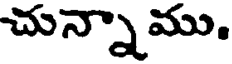
చున్నాము.